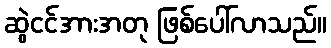
ဆွဲငင်အားအတု ဖြစ်ပေါ်လာသည်။